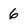
Character: 6